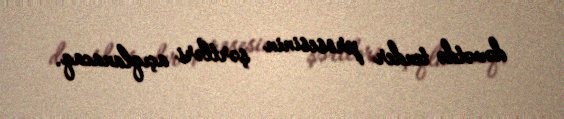
dəvətdə tender prosesinin şərtləri açıqlanacaq.